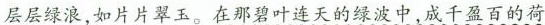
层层绿浪，如片片翠玉。在那碧叶连天的绿波中，成千盈百的荷